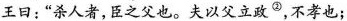
王日：”杀人者，臣之父也。夫以父立政^{②}，不孝也；